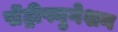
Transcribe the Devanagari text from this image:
सेंट्रीफ्युगेशन